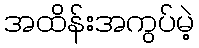
အထိန်းအကွပ်မဲ့